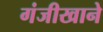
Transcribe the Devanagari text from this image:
गंजीखाने